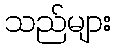
သည်များ